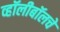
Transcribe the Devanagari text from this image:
व्हॉलीबॉलचे